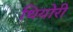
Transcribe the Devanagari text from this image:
थियोरी